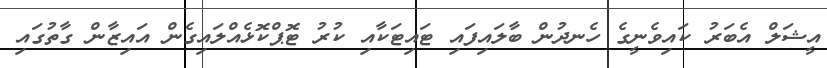
އީޝަލް އެބަރު ކައިވެނީގެ ހެނދުން ބާލައިފައި ޓައިޓަކާއި ކުރު ޓޮޕްކޮޅެއްލައިގެން އައިޒާން ގާތުގައި